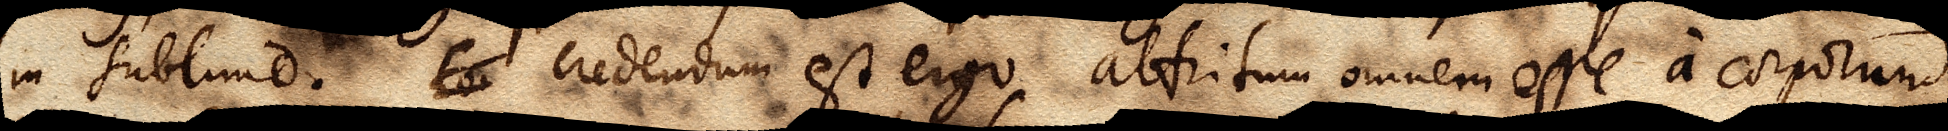
in sublime. Eo Credendum est ergo attritum omnem esse a corporum